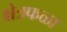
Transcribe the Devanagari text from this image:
क्षेत्रफळा